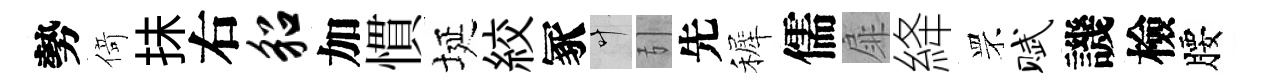
勢𠋣抺右貂加慣埏絞冢叶引先裤儒扉絳罘赋譏檢腰